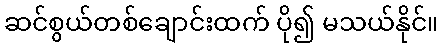
ဆင်စွယ်တစ်ချောင်းထက် ပို၍ မသယ်နိုင်။